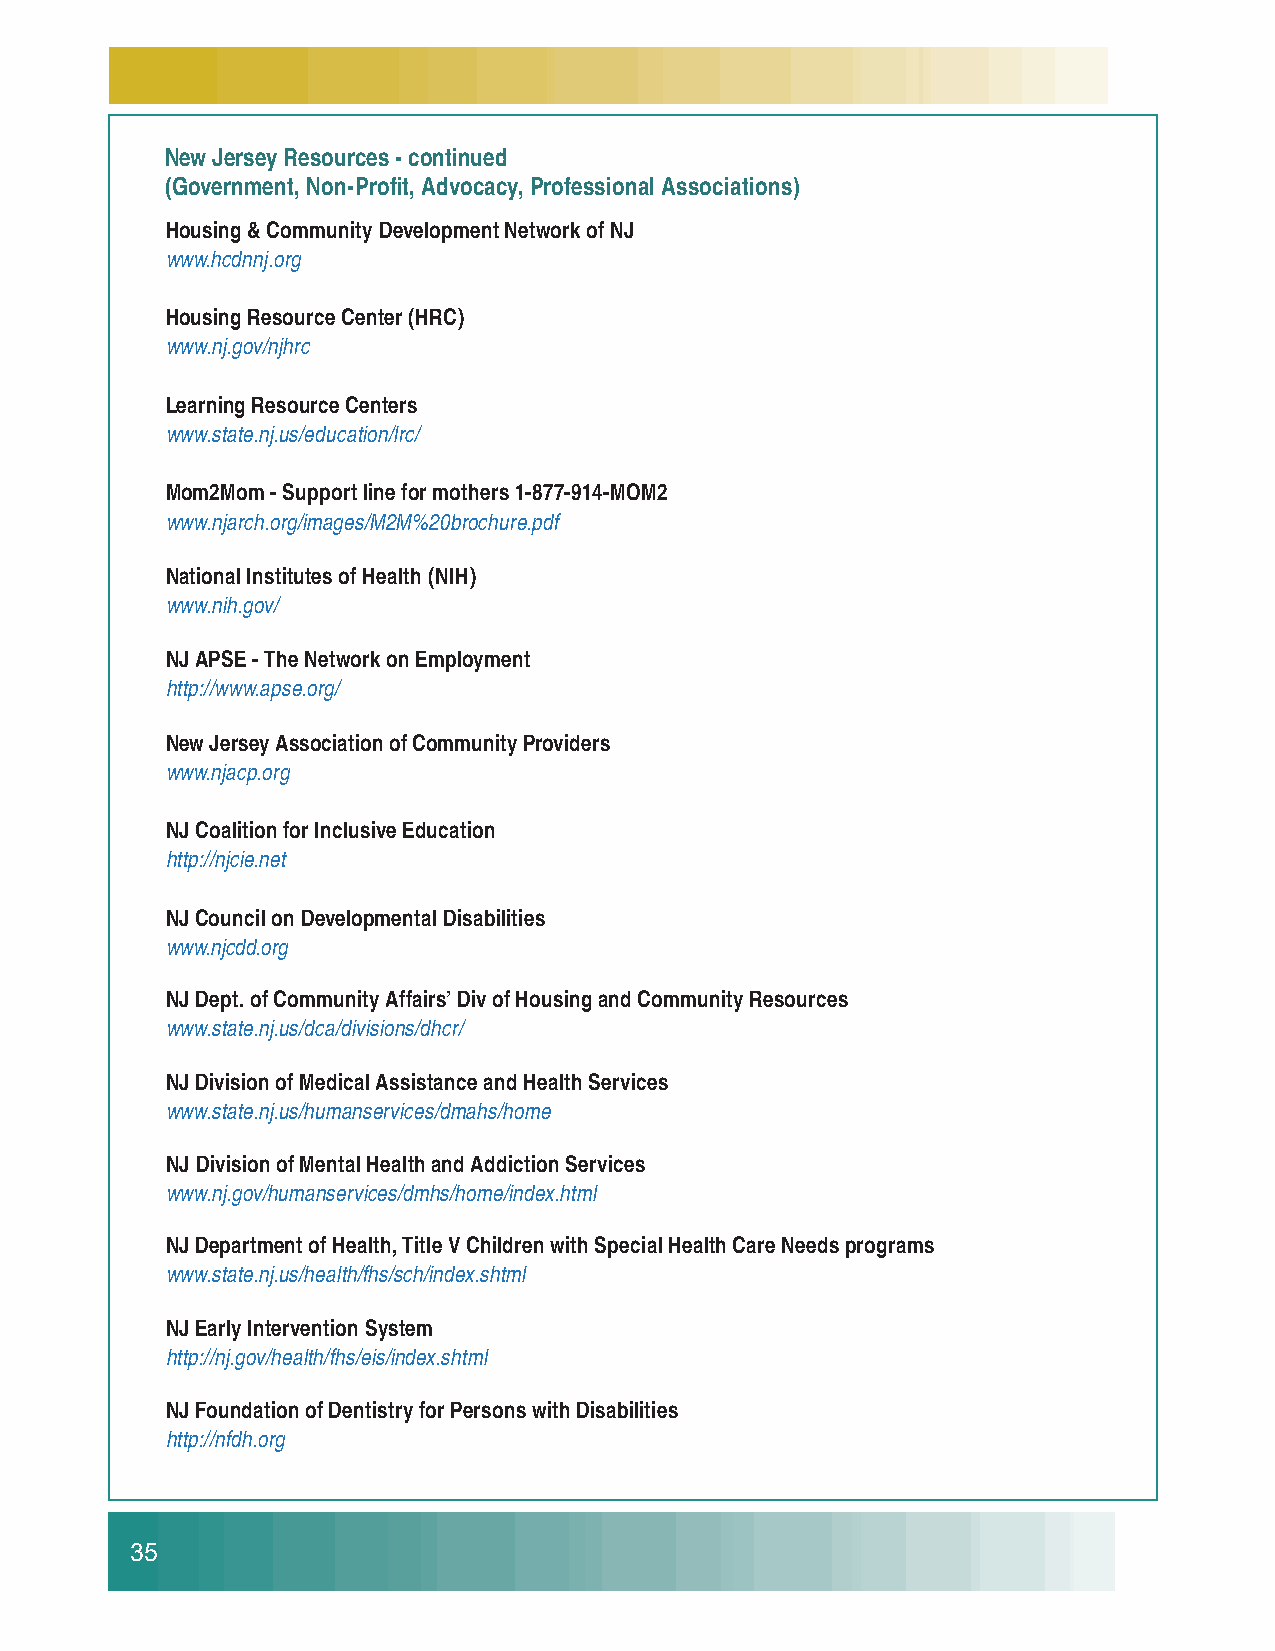
New Jersey Resources - continued
 (Government, Non-Profi t, Advocacy, Professional Associations)
 Housing & Community Development Network of NJ
 www.hcdnnj.org
 Housing Resource Center (HRC)
 www.nj.gov/njhrc
 Learning Resource Centers
 www.state.nj.us/education/lrc/
 Mom2Mom - Support line for mothers 1-877-914-MOM2
 www.njarch.org/images/M2M%20brochure.pdf
 National Institutes of Health (NIH)
 www.nih.gov/
 NJ APSE - The Network on Employment
 http://www.apse.org/
 New Jersey Association of Community Providers
 www.njacp.org
 NJ Coalition for Inclusive Education
 http://njcie.net
 NJ Council on Developmental Disabilities
 www.njcdd.org
 NJ Dept. of Community Affairs’ Div of Housing and Community Resources
 www.state.nj.us/dca/divisions/dhcr/
 NJ Division of Medical Assistance and Health Services
 www.state.nj.us/humanservices/dmahs/home
 NJ Division of Mental Health and Addiction Services
 www.nj.gov/humanservices/dmhs/home/index.html
 NJ Department of Health, Title V Children with Special Health Care Needs programs
 www.state.nj.us/health/fhs/sch/index.shtml
 NJ Early Intervention System
 http://nj.gov/health/fhs/eis/index.shtml
 NJ Foundation of Dentistry for Persons with Disabilities
 http://nfdh.org
 35